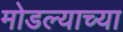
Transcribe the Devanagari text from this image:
मोडल्याच्या